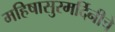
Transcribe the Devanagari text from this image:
महिषासुरमर्दिनीचे